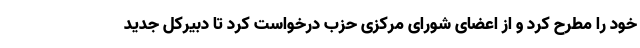
خود را مطرح کرد و از اعضای شورای مرکزی حزب درخواست کرد تا دبیرکل جدید